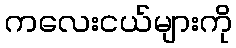
ကလေးငယ်များကို